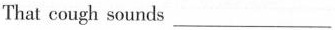
That cough sounds___